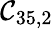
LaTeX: \mathcal{C}_{35,2}